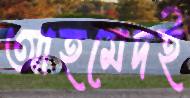
আহমেদই